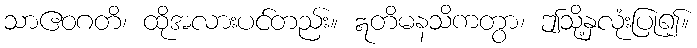
သာဧဝဂတိ၊ ထိုအလားပင်တည်း။ ဣတိမနသိကတွာ၊ ဤသို့နှလုံးပြု၍။